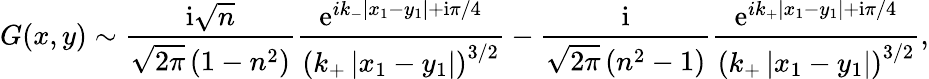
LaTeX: G(x,y)\sim\frac{\textrm{i}\sqrt{n}}{\sqrt{2\pi}\left(1-n^{2}\right)}\frac{\mathrm{e}^{ik_{-}\left|x_{1}-y_{1}\right|+\mathrm{i}\pi/4}}{\left(k_{+}\left|x_{1}-y_{1}\right|\right)^{3/2}}-\frac{\textrm{i}}{\sqrt{2\pi}\left(n^{2}-1\right)}\frac{\mathrm{e}^{ik_{+}\left|x_{1}-y_{1}\right|+\mathrm{i}\pi/4}}{\left(k_{+}\left|x_{1}-y_{1}\right|\right)^{3/2}},